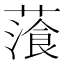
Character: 𦻂